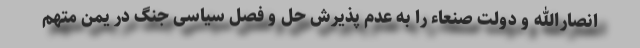
انصارالله و دولت صنعاء را به عدم پذیرش حل و فصل سیاسی جنگ در یمن متهم